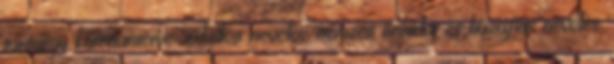
tantárgy kerettanterve: erkölcsi nevelés, nemzeti öntudat és hazafias nevelés,